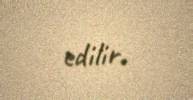
edilir.